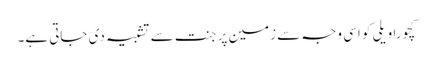
کچورا ویلی کو اسی وجہ سے زمین پر جنت سے تشبیہ دی جاتی ہے۔